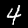
Digit: 4